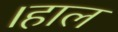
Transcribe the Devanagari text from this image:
।हाल